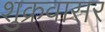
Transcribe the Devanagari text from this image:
शुक्रवासर